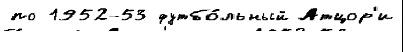
по 1952-53 футбо́льный Атцор'и